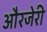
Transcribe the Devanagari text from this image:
औरजेरी